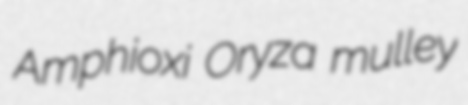
Amphioxi Oryza mulley